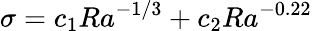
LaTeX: \sigma=c_{1}Ra^{-1/3}+c_{2}Ra^{-0.22}